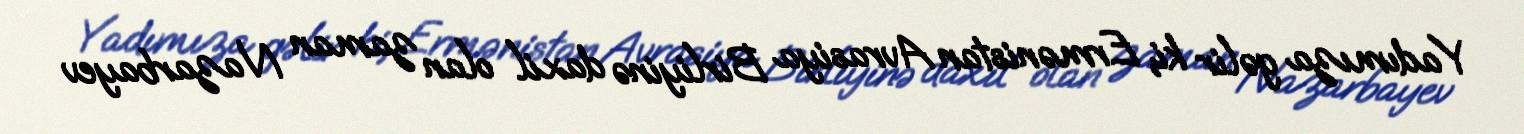
Yadımıza gəlir ki, Ermənistan Avrasiya Birliyinə daxil olan zaman Nazarbayev